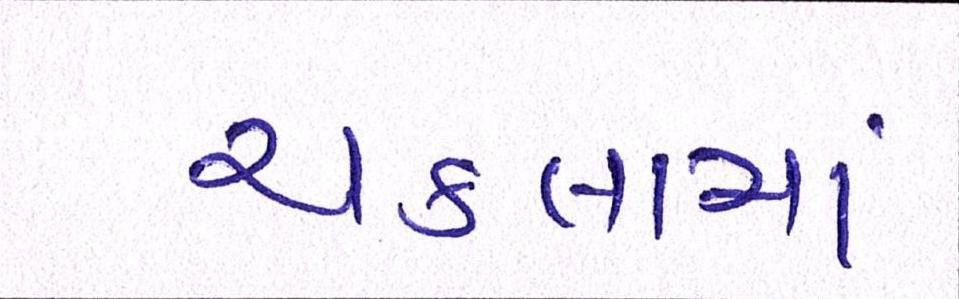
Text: ચકલામાં